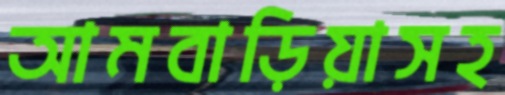
আমবাড়িয়াসহ